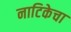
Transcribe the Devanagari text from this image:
नाटिकेचा